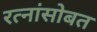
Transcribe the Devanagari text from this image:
रत्नांसोबत